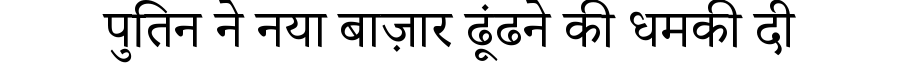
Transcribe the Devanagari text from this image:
पुतिन ने नया बाज़ार ढूंढने की धमकी दी